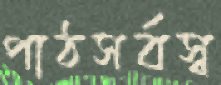
পাঠসর্বস্ব